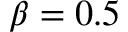
\beta = 0 . 5